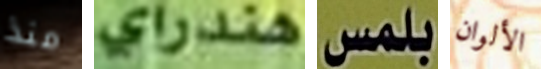
منذ هندراي بلمس الألوان